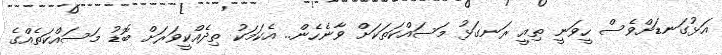
އަޅުގަނޑަށްވެސް ހީވަނީ ތިއީ ރަނގަޅު މަސައްކަތަކަށް ވާނެހެން.. އެކަމަކު ތިދެއްކީވަރަށް ބޮޑު މަސައްކަތެއްގެ